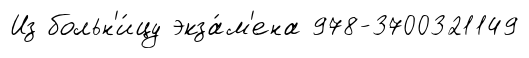
Из больн'и́цу экза́м'ена 978-3700321149